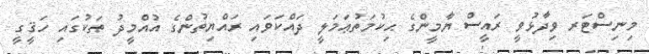
މިނިސްޓަރ ވިދާޅުވީ ރައީސް ޔާމީންގެ ޙިކުމަތުޢަމަލީ ދައްކަވައި ރައްޔިތުންގެ އުއްމީދު ތަކުގައި ހަޤީގީ